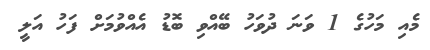
މެއި މަހުގެ 1 ވަނަ ދުވަހު ބޭއްވި ބޮޑު އެއްވުމަށް ފަހު އަލީ